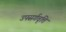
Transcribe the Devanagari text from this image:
उपसर्गवृत्ति